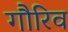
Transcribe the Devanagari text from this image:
गौरिव